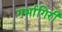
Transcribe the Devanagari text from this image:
गर्भागिरी